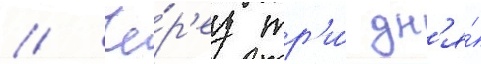
// Че́р'ез тр'и́ дн'я́